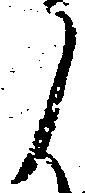
ノ